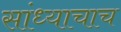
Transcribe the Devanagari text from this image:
सांध्याचाच